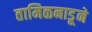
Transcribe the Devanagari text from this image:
तामिळनाडूने